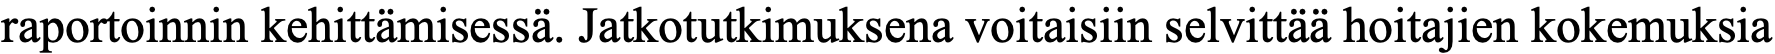
raportoinnin kehittämisessä. Jatkotutkimuksena voitaisiin selvittää hoitajien kokemuksia